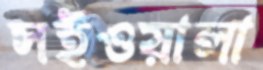
সইওয়ালা